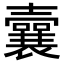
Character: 𡄜